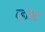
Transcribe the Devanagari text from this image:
व्हायट